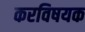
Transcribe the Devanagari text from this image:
करविषयक